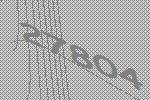
27804